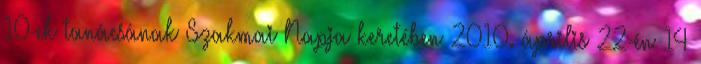
10-ek tanácsának Szakmai Napja keretében 2010. április 22-én 14